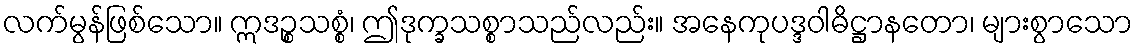
လက်မွန်ဖြစ်သော။ ဣဒဉ္စသစ္စံ၊ ဤဒုက္ခသစ္စာသည်လည်း။ အနေကုပဒ္ဒဝါဓိဋ္ဌာနတော၊ များစွာသော